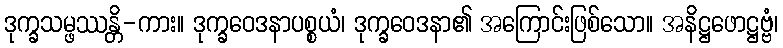
ဒုက္ခသမ္ဖဿန္တိ-ကား။ ဒုက္ခဝေဒနာပစ္စယံ၊ ဒုက္ခဝေဒနာ၏ အကြောင်းဖြစ်သော။ အနိဋ္ဌဖောဋ္ဌဗ္ဗံ၊